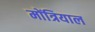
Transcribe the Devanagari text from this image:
मोंत्रियाल